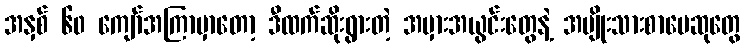
အနှစ် ၆၀ ကျော်အကြာမှာတော့ ဒီထက်ဆိုးရွားတဲ့ အမှားအယွင်းတွေနဲ့ အမျိုးသားစာပေဆုတွေ